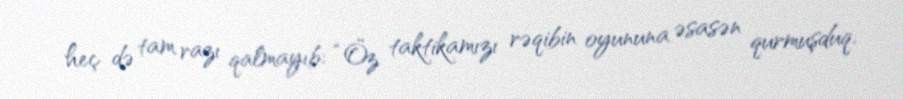
heç də tam razı qalmayıb: “Öz taktikamızı rəqibin oyununa əsasən qurmuşduq.